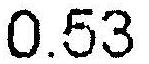
0.53